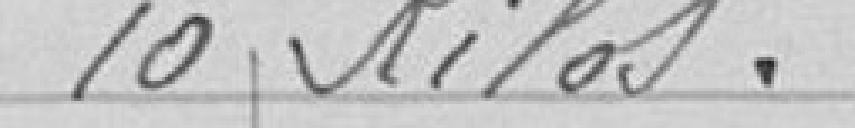
10 kilos.